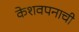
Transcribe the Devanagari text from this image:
केशवपनाची